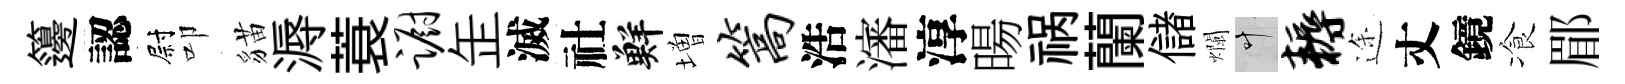
籩認尉叩貓溽蓑蹰𦈢滅社鮮増篙浩瀋淳暘祸蘭儲爛叶耨途丈鏡飡郿